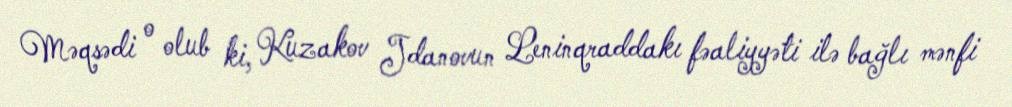
Məqsədi o olub ki, Kuzakov Jdanovun Leninqraddakı fəaliyyəti ilə bağlı mənfi